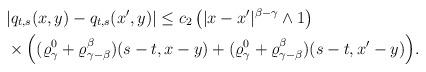
LaTeX: \begin{align*}&|q_{t,s}(x,y)-q_{t,s}(x',y)| \leq c_2\left( |x-x'|^{\beta-\gamma}\wedge 1\right)\\ &\times\Big( (\varrho^0_\gamma+\varrho^\beta_{\gamma-\beta})(s-t,x-y)+(\varrho^0_\gamma+\varrho^\beta_{\gamma-\beta})(s-t,x'-y)\Big) .\end{align*}